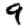
Digit: 9